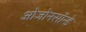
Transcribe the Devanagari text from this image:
ओजोनसॉन्‍डे